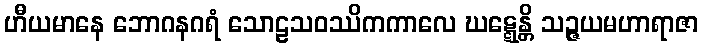
ဟီယမာနေ ဘောဂနဂရံ သောဠသဝဿိကကာလေ ဃဋ္ဋေန္တိ သဉ္ဇယမဟာရာဇာ